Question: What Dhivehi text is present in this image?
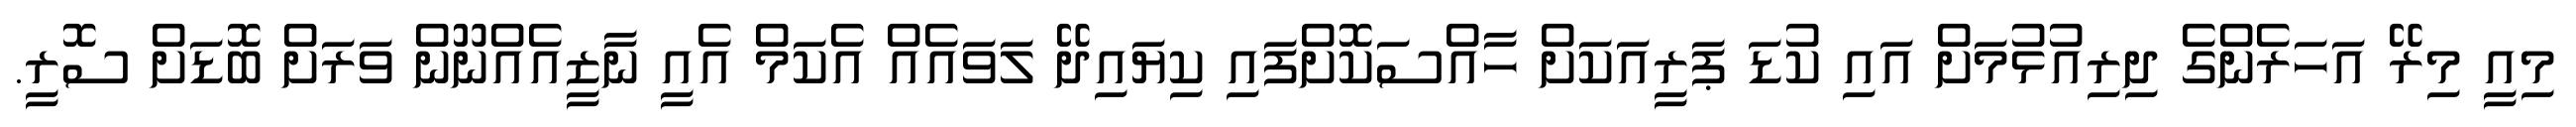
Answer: މިއީ މިރޭ އަހަރެންގެ ދިރިއުޅުމަށް އައި ކުޑަ ޕަރީއަކަށް ހާއްސަކޮށްފައި ކިޔައިދޭ ލަވައެއް އެކަމް އެއީ ނާޒީއެއްނޫން ވަރަށް ބޮޑަށް ސޮރީ.